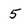
Character: 5